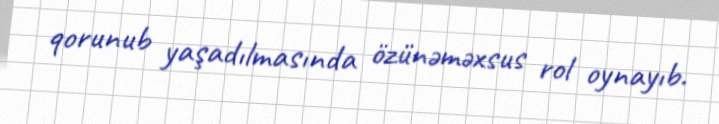
qorunub yaşadılmasında özünəməxsus rol oynayıb.